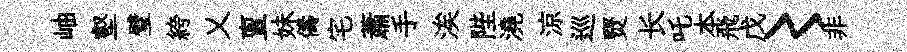
岫壑璧絝乂亶妹儔宅蕭手涘陛澆涼巡燹长吒本飛戊〻非